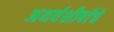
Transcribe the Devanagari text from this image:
अथर्वशीर्षाचे